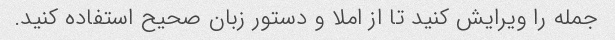
جمله را ویرایش کنید تا از املا و دستور زبان صحیح استفاده کنید.